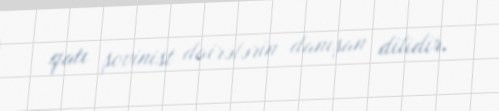
qatı şovinist dairələrin danışan dilidir.